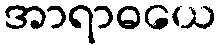
အာရာဓယေ